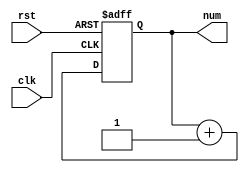
/******************************************************************************************
Author:  
E-mail 1390000666@qq.com
Device:  DSE-EP2C5
Tool:    Quartus 9.0
Function:
Version: 2022-4-7 v1.0
********************************************************************************************/
module count(clk,num,rst);
input clk,rst;
output reg [30:0] num;

always @(posedge clk or negedge rst)
	begin
	if(!rst) 
		num=0;
	else
		num=num+1;
	end

endmodule